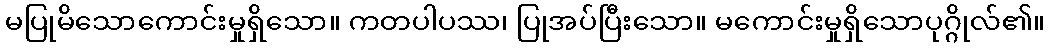
မပြုမိသောကောင်းမှုရှိသော။ ကတပါပဿ၊ ပြုအပ်ပြီးသော။ မကောင်းမှုရှိသောပုဂ္ဂိုလ်၏။